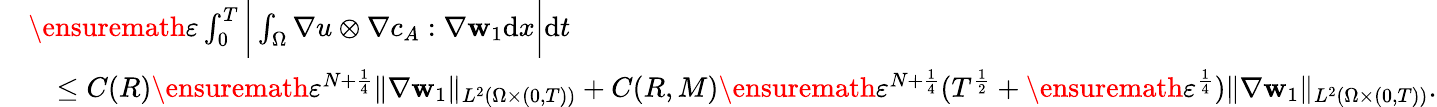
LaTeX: \begin{array}{rl}&{\ensuremath{\varepsilon}\int_{0}^{T}\bigg|\int_{\Omega}\nabla u\otimes\nabla c_{A}:\nabla\mathbf{w}_{1}\mathrm{d}x\bigg|\mathrm{d}t}\\ &{\quad\leq C(R)\ensuremath{\varepsilon}^{N+\frac{1}{4}}\| \nabla\mathbf{w}_{1}\| _{L^{2}(\Omega\times(0,T))}+C(R,M)\ensuremath{\varepsilon}^{N+\frac{1}{4}}(T^{\frac 12}+\ensuremath{\varepsilon}^{\frac 14})\| \nabla\mathbf{w}_{1}\| _{L^{2}(\Omega\times(0,T))}.}\end{array}